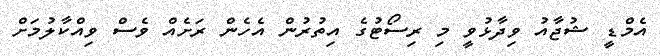
އެމްޑީ ޝުޖާއު ވިދާޅުވީ މި ރިސޯޓުގެ އިތުރުން އެހެން ރަށެއް ވެސް ވިއްކާލުމަށް